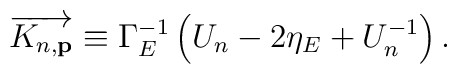
\overrightarrow{K_{n,\mathbf{p}}}\equiv \Gamma _E^{-1}\left( U_n-2\eta_E+U_n^{-1}\right) .